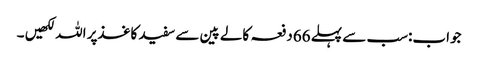
جواب:سب سے پہلے 66دفعہ کالے پین سے سفید کاغذپر اللہ لکھیں ۔